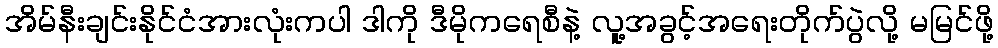
အိမ်နီးချင်းနိုင်ငံအားလုံးကပါ ဒါကို ဒီမိုကရေစီနဲ့ လူ့အခွင့်အရေးတိုက်ပွဲလို့ မမြင်ဖို့